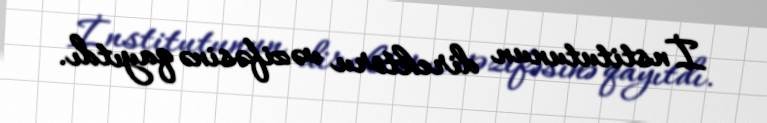
İnstitutunun direktoru vəzifəsinə qayıtdı.